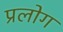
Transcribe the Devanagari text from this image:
प्रलोग